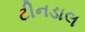
ટીનડાલ